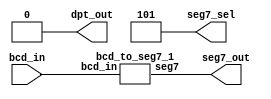
module bcd_to_seg7(bcd_in, seg7_sel, seg7_out, dpt_out);
input [3:0] bcd_in; // pin47-49,51
output [2:0] seg7_sel; //pin 37,36,33 
output [6:0] seg7_out; // pin23,26-31 
output dpt_out; // pin32
bcd_to_seg7_1 m1(bcd_in, seg7_out);
assign seg7_sel = 3'b101; // Use the rightmost segment
assign dpt_out= 1'b0; 
endmodule
//------------------------------
module bcd_to_seg7_1(bcd_in, seg7);
input[3:0] bcd_in;
output[6:0] seg7;
reg[6:0] seg7;
always@ (bcd_in)
case(bcd_in) // abcdefg
4'b0000: seg7 = 7'b1111110; // 0
4'b0001: seg7 = 7'b0110000; // 1
4'b0010: seg7 = 7'b1101101;
4'b0011: seg7 = 7'b1111001;
4'b0100: seg7 = 7'b0110011;
4'b0101: seg7 = 7'b1011011;
4'b0110: seg7 = 7'b1011111;
4'b0111: seg7 = 7'b1110000;
4'b1000: seg7 = 7'b1111111;
4'b1001: seg7 = 7'b1111011;
default: seg7 = 7'b0000001; 
endcase
endmodule